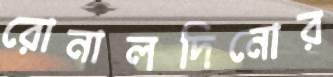
রোনালদিনোর